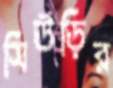
সিউড়ির